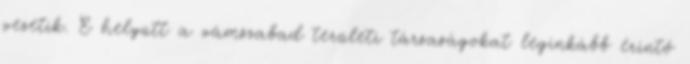
vezetik. E helyütt a vámszabad területi társaságokat leginkább érintő